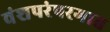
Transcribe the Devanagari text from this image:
वंशपरंपरगात